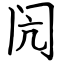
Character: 闶